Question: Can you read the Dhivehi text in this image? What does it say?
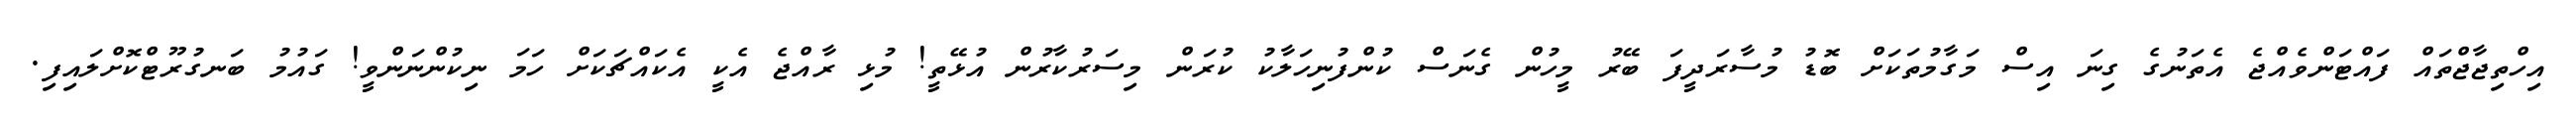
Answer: އިހްތިޖާޖްތައް ފައްޓަންވެއްޖެ އެތަނުގެ ގިނަ އިސް މަގާމުތަކަށް ބޮޑު މުސާރަދީފަ ބޭރު މީހުން ގެނަސް ކުންފުނިހަލާކު ކުރަން މިސަރުކާރުން އުޅޭތީ! މުޅި ރާއްޖެ އެކީ އެކައްޗަކަށް ހަމަ ނިކުންނަންވީ! ގައުމު ބަނގުރޫޓްކޮށްލައިފި.